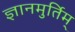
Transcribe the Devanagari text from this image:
ज्ञानमुर्तिम्‌